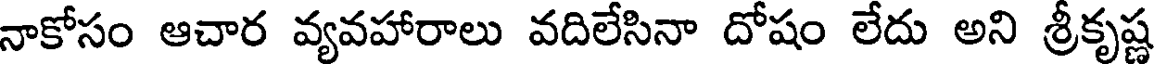
నాకోసం ఆచార వ్యవహారాలు వదిలేసినా దోషం లేదు అని శ్రీకృష్ణ